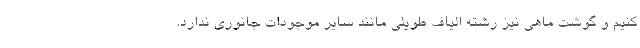
کنیم و گوشت ماهی نیز رشته الیاف طویلی مانند سایر موجودات جانوری ندارد.